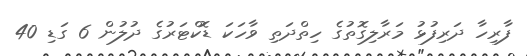
ފާރިހާ ދަރިފުޅު މަރާލިގޮތުގެ ހިތްދަތި ވާހަކަ ޑޮކްޓަރުގެ ދުލުން 6 ގަޑި 40